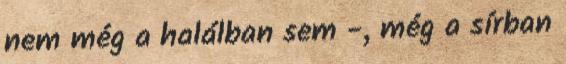
nem még a halálban sem -, még a sírban